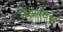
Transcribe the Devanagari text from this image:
प्रेरणावश